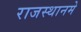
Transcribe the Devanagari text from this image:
राजस्थानमे